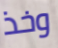
وخذ